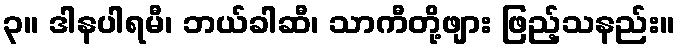
၃။ ဒါနပါရမီ၊ ဘယ်ခါဆီ၊ သာကီတို့ဖျား ဖြည့်သနည်း။